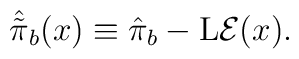
\hat{\tilde{\pi}}_b(x) \equiv \hat{\pi}_b - {\rm L}{\cal E}(x).